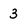
Character: 3